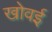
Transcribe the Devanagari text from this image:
खोवई